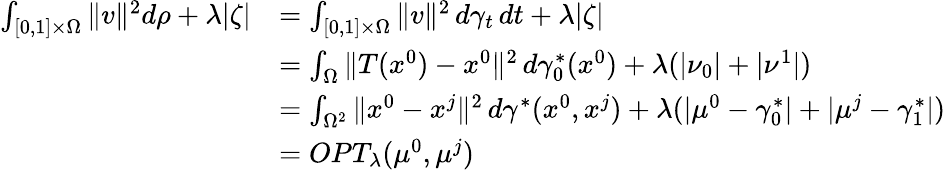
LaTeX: \begin{array}{rl}{\int_{[0,1]\times\Omega}\| v\| ^{2}d\rho+\lambda|\zeta|}&{=\int_{[0,1]\times\Omega}\| v\| ^{2}\, d\gamma_{t}\, dt+\lambda|\zeta|}\\ &{=\int_{\Omega}\| T(x^{0})-x^{0}\| ^{2}\, d\gamma_{0}^{*}(x^{0})+\lambda(|\nu_{0}|+|\nu^{1}|)}\\ &{=\int_{\Omega^{2}}\| x^{0}-x^{j}\| ^{2}\, d\gamma^{*}(x^{0},x^{j})+\lambda(|\mu^{0}-\gamma_{0}^{*}|+|\mu^{j}-\gamma_{1}^{*}|)}\\ &{=OPT_{\lambda}(\mu^{0},\mu^{j})}\end{array}